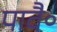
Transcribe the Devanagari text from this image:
पावै॰